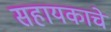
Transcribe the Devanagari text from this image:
सहायकाचे